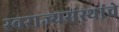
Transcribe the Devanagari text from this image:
स्वराज्यसंस्थांचे